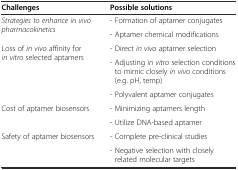
| Challenges | Possible solutions |
 | --- | --- |
 | <ROWSPAN=2> Strategies to enhance in vivo pharmacokinetics | - Formation of aptamer conjugates |
 | - Aptamer chemical modifications |
 | <ROWSPAN=3> Loss of in vivo affinity for in vitro selected aptamers | - Direct in vivo aptamer selection |
 | - Adjusting in vitro selection conditions to mimic closely in vivo conditions (e.g. pH, temp) |
 | - Polyvalent aptamer conjugates |
 | <ROWSPAN=2> Cost of aptamer biosensors | - Minimizing aptamers length |
 | - Utilize DNA-based aptamer |
 | <ROWSPAN=2> Safety of aptamer biosensors | - Complete pre-clinical studies |
 | - Negative selection with closely related molecular targets |